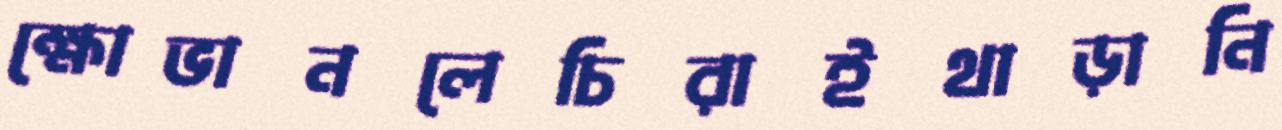
ক্ষোভানলেচিরাইথাড়ানি